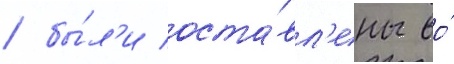
/ бы́л'и оста́вл'ены во́